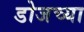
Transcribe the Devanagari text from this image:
डोजच्या